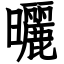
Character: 曬